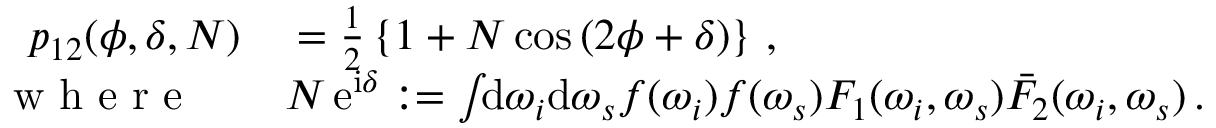
\begin{array} { r l } { p _ { 1 2 } ( \phi , \delta , N ) } & { { } = \frac { 1 } { 2 } \left\{ 1 + N \cos \left( 2 \phi + \delta \right) \right\} \, , } \\ { \mathrm { ~ w ~ h ~ e ~ r ~ e ~ } \quad } & { { } N \, \mathrm { e } ^ { \mathrm { i } \delta } : = \int \! \! \mathrm { d } \omega _ { i } \mathrm { d } \omega _ { s } f ( \omega _ { i } ) f ( \omega _ { s } ) F _ { 1 } ( \omega _ { i } , \omega _ { s } ) \bar { F } _ { 2 } ( \omega _ { i } , \omega _ { s } ) \, . } \end{array}